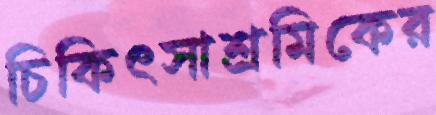
চিকিৎসাশ্রমিকের